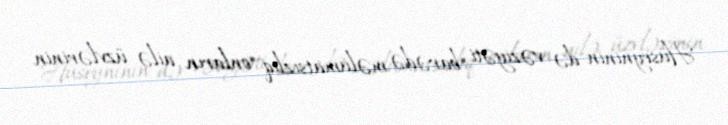
Hüseyninin də vəziyəti barədə məlumatsızlıq onların ailə üzvlərinin